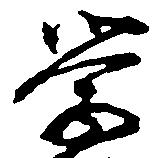
学